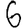
Digit: 6